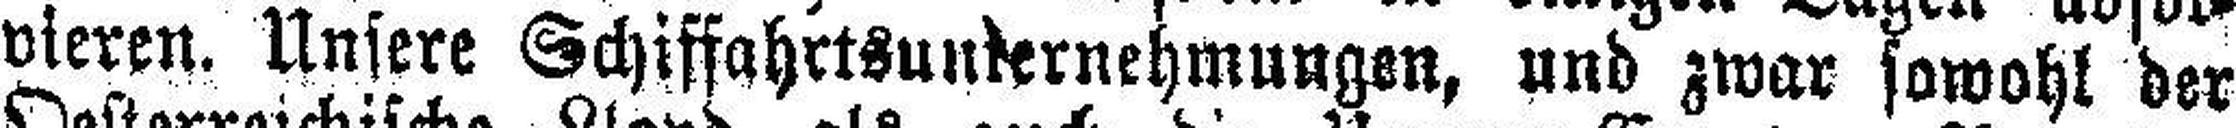
vieren. Unsere Schiffahrtsunternehmungen, und zwar sowohl der